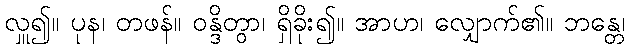
လှူ၍။ ပုန၊ တဖန်။ ဝန္ဒိတွာ၊ ရှိခိုး၍။ အာဟ၊ လျှောက်၏။ ဘန္တေ၊